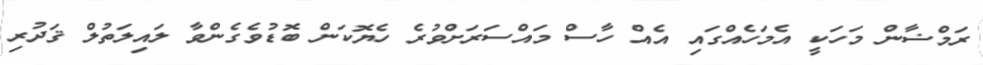
ރަމްޟާން މަހަކީ އެމަހެއްގައި އެއް ހާސް މައްސަރަށްވުރެ ހެޔޮކަން ބޮޑުވެގެންވާ ލައިލަތުލް ޤަދުރި